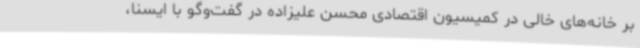
بر خانه‌های خالی در کمیسیون اقتصادی محسن علیزاده در گفت‌وگو با ایسنا،